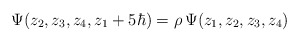
\begin{align*}\Psi(z_2,z_3,z_4,z_1+5\hbar)=\rho\,\Psi(z_1,z_2,z_3,z_4)\end{align*}